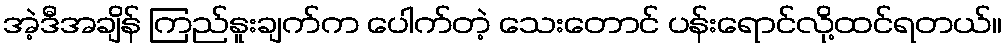
အဲ့ဒီအချိန် ကြည်နူးချက်က ပေါက်တဲ့ သေးတောင် ပန်းရောင်လို့ထင်ရတယ်။